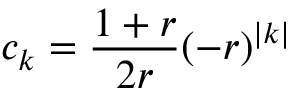
c _ { k } = \frac { 1 + r } { 2 r } ( - r ) ^ { | k | }